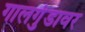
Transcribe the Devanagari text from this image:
गालगुंडावर